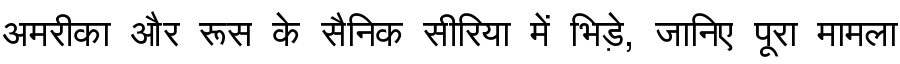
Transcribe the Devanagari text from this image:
अमरीका और रूस के सैनिक सीरिया में भिड़े, जानिए पूरा मामला